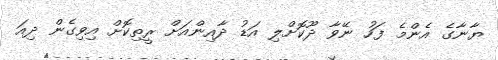
ޔާނާގެ އެންމެ ފަހު ނޭވާ ދޫކޮށްލި އަޑު ދާއިންއަށް ރީތިކޮށް އިވިގެން ދިއަ